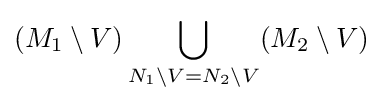
(M_{1}\setminus V)\bigcup _{N_{1}\setminus V=N_{2}\setminus V}(M_{2}\setminus V)